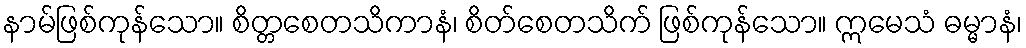
နာမ်ဖြစ်ကုန်သော။ စိတ္တစေတသိကာနံ၊ စိတ်စေတသိက် ဖြစ်ကုန်သော။ ဣမေသံ ဓမ္မာနံ၊